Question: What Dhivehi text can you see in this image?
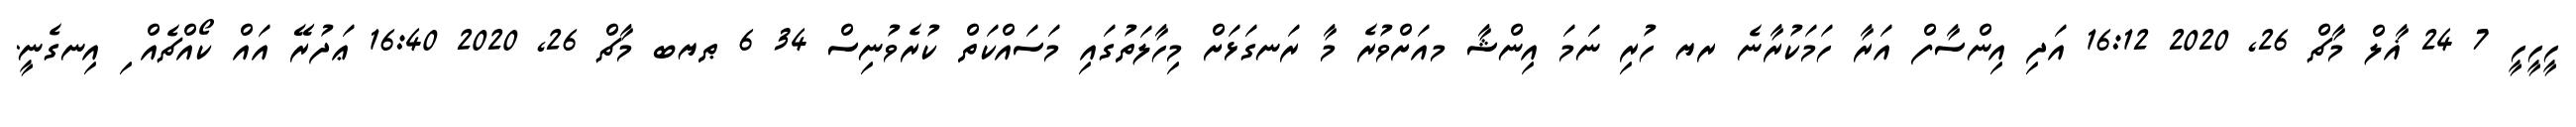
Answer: ހީހީހީ 7 24 ޣާލް މާޗް 26, 2020 16:12 އަދި އިންސާފް އަރާ ހަމަކުރާނެ ރޔ ހުރި ނަމަ އިންޝާ މއަށްވުރެ މާ ރަނގަޅަށް މިހާލަތުގައި މަސައްކަތް ކުރެވުނިސް 34 6 ޠޔބ މާޗް 26, 2020 16:40 ޢަދުރޭ އައް ކޯއްޗެއް ި އިނގެނީ.